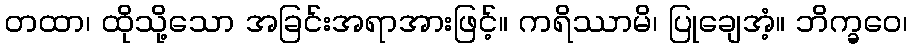
တထာ၊ ထိုသို့သော အခြင်းအရာအားဖြင့်။ ကရိဿာမိ၊ ပြုချေအံ့။ ဘိက္ခဝေ၊